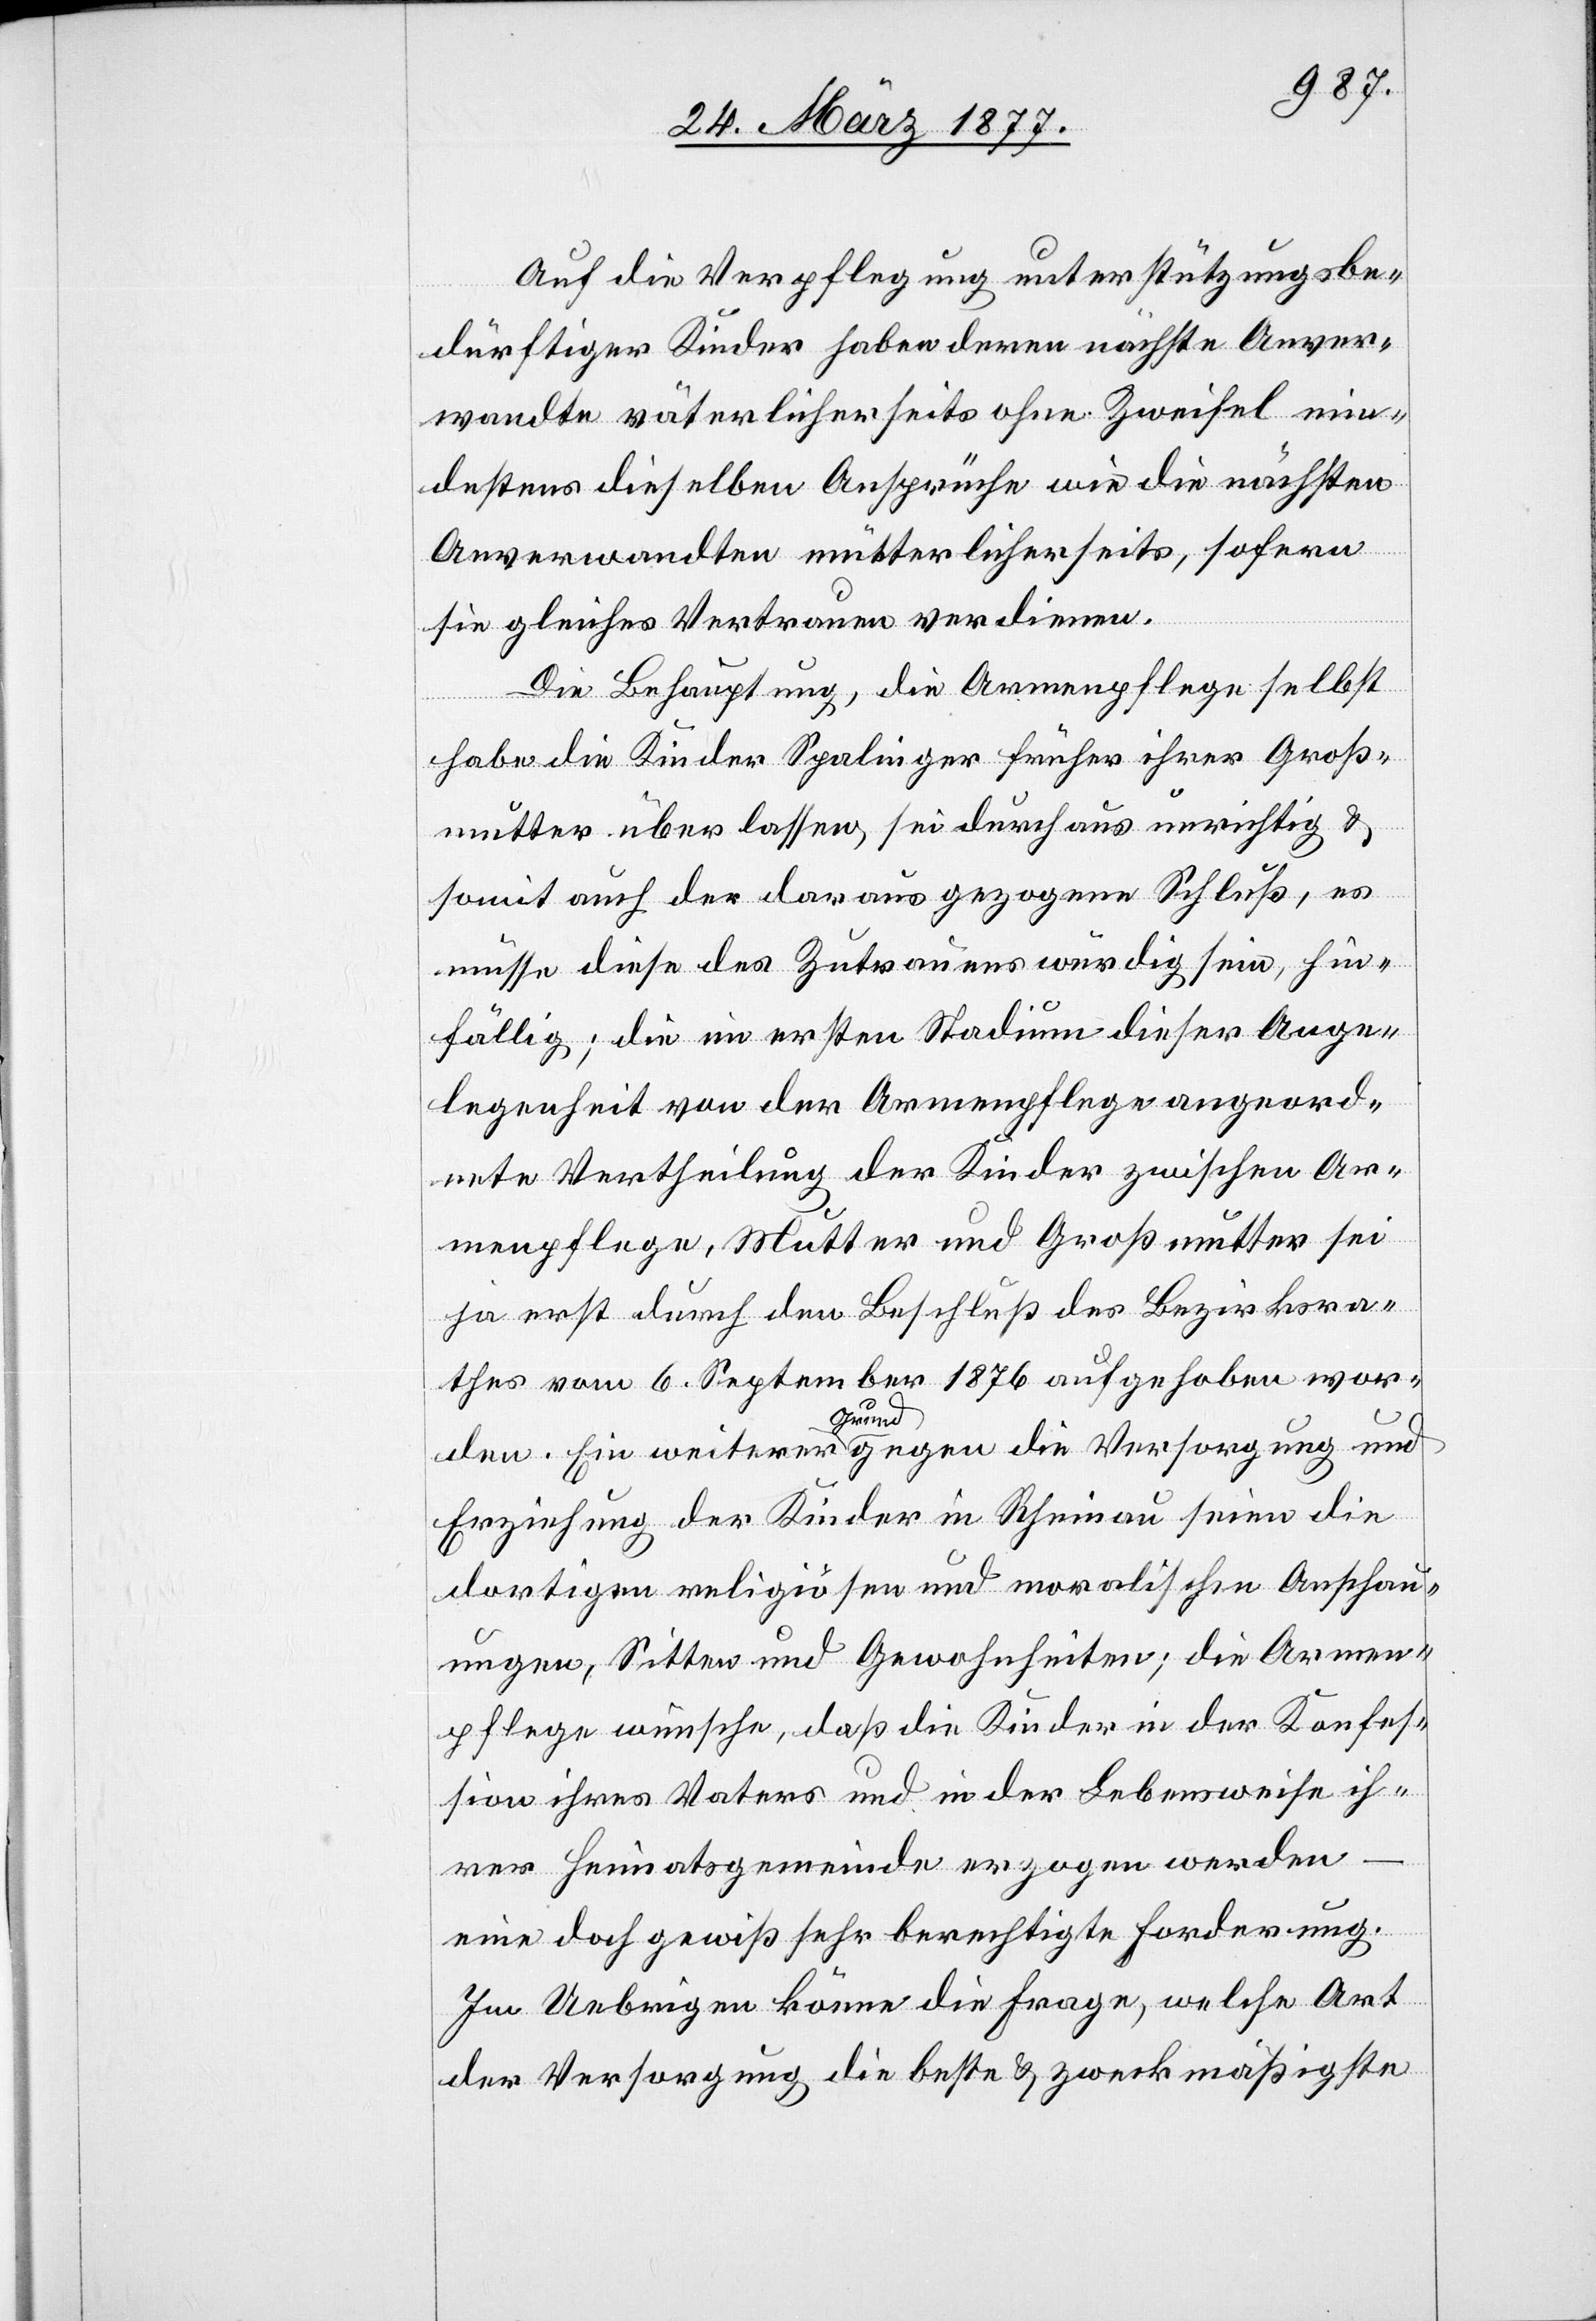
Auf die Verpflegung unterstützungsbe¬
dürftiger Kinder haben deren nächste Anver¬
wandte väterlicherseits ohne Zweifel min¬
destens dieselben Ansprüche wie die nächsten
Anverwandten mütterlicherseits, sofern
sie gleiches Vertrauen verdienen.
Die Behauptung, die Armenpflege selbst
habe die Kinder Spalinger früher ihrer Groß¬
mutter überlassen, sei durchaus unrichtig &
somit auch der daraus gezogene Schluß, es
müsse diese des Zutrauens würdig sein, hin¬
fällig; die im ersten Stadium dieser Ange¬
legenheit von der Armenpflege angeord¬
nete Vertheilung der Kinder zwischen Ar¬
menpflege, Mutter und Großmutter sei
ja erst durch den Beschluß des Bezirksra¬
thes vom 6. September 1876 aufgehoben wor¬
den. Ein weiterer Grund gegen die Versorgung und
Erziehung der Kinder in Rheinau seien die
dortigen religiösen und moralischen Anschau¬
ungen, Sitten und Gewohnheiten; die Armen¬
pflege wünsche, daß die Kinder in der Konfes¬
sion ihres Vaters und in der Lebensweise ih¬
rer Heimatsgemeinde erzogen werden
eine doch gewiß sehr berechtigte Forderung.
Im Uebrigen könne die Frage, welche Art
der Versorgung die beste & zweckmäßigste